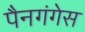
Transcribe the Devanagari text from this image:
पैनगंगेस